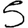
Digit: 5